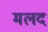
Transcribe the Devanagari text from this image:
मलद